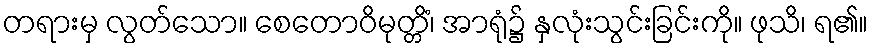
တရားမှ လွတ်သော။ စေတောဝိမုတ္တိံ၊ အာရုံ၌ နှလုံးသွင်းခြင်းကို။ ဖုသိ၊ ရ၏။